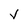
Character: V